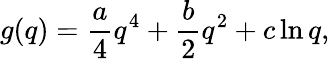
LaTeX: g(q)=\frac{a}{4}q^{4}+\frac{b}{2}q^{2}+c\ln{q},